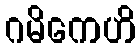
ဂမိကေဟိ